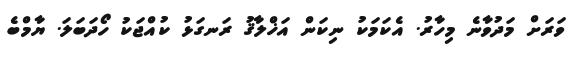
ވަރަށް މަދުވާނެ މިހާރު. އެކަމަކު ނިކަން އަޚްލާޤު ރަނގަޅު ކުއްޖަކު ހޯދަބަލަ. ޔާމްބެ